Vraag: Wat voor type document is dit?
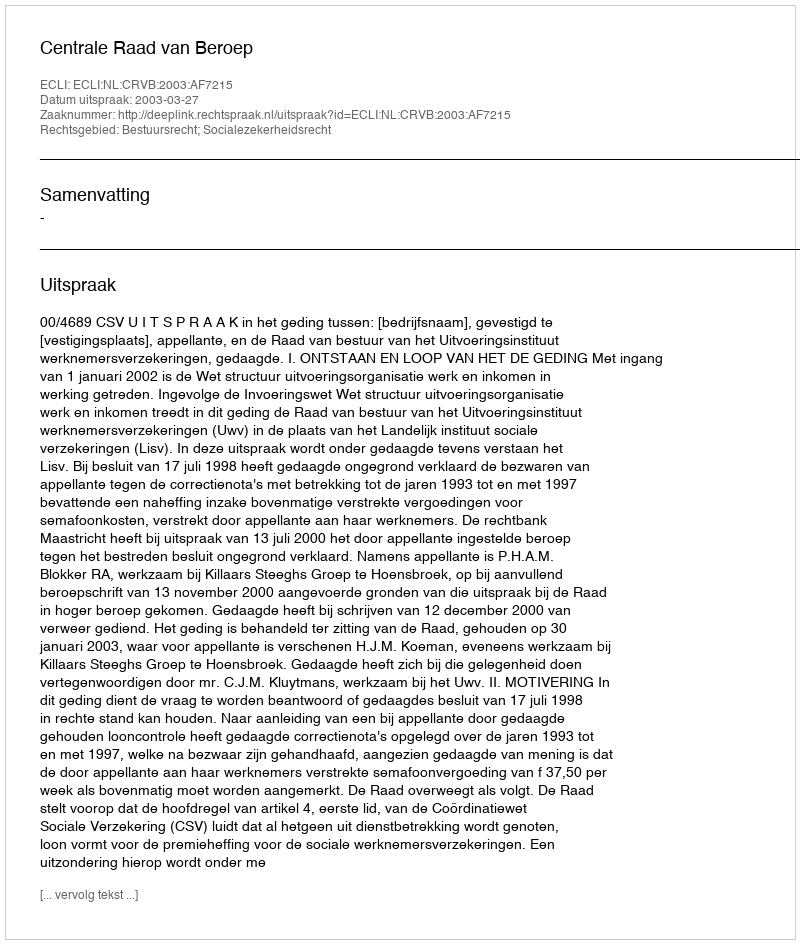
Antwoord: Uitspraak